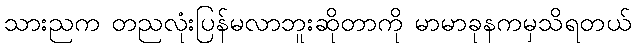
သားညက တညလုံးပြန်မလာဘူးဆိုတာကို မာမာခုနကမှသိရတယ်